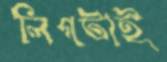
লিগটাই